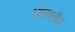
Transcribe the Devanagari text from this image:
आपदानीत